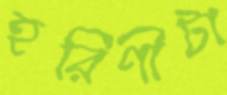
হরিণীটা